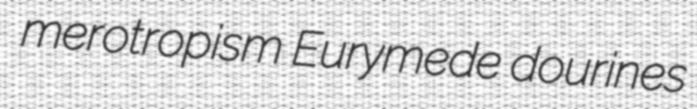
merotropism Eurymede dourines